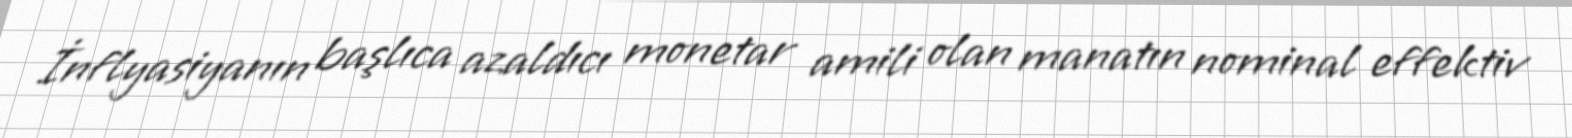
İnflyasiyanın başlıca azaldıcı monetar amili olan manatın nominal effektiv